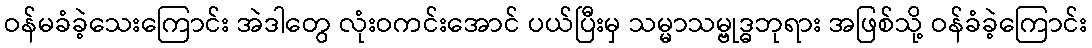
ဝန်မခံခဲ့သေးကြောင်း အဲဒါတွေ လုံးဝကင်းအောင် ပယ်ပြီးမှ သမ္မာသမ္ဗုဒ္ဓဘုရား အဖြစ်သို့ ဝန်ခံခဲ့ကြောင်း